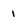
Character: 1